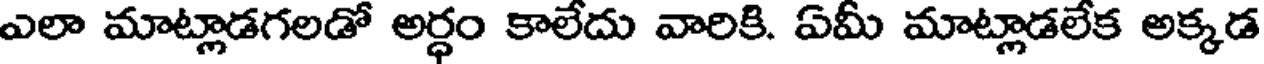
ఎలా మాట్లాడగలడో అర్ధం కాలేదు వారికి. ఏమీ మాట్లాడలేక అక్కడ